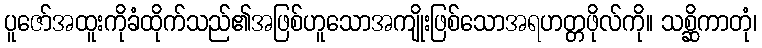
ပူဇော်အထူးကိုခံထိုက်သည်၏အဖြစ်ဟူသောအကျိုးဖြစ်သောအရဟတ္တဖိုလ်ကို။ သစ္ဆိကာတုံ၊